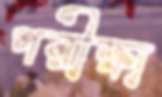
পরীক্ষা